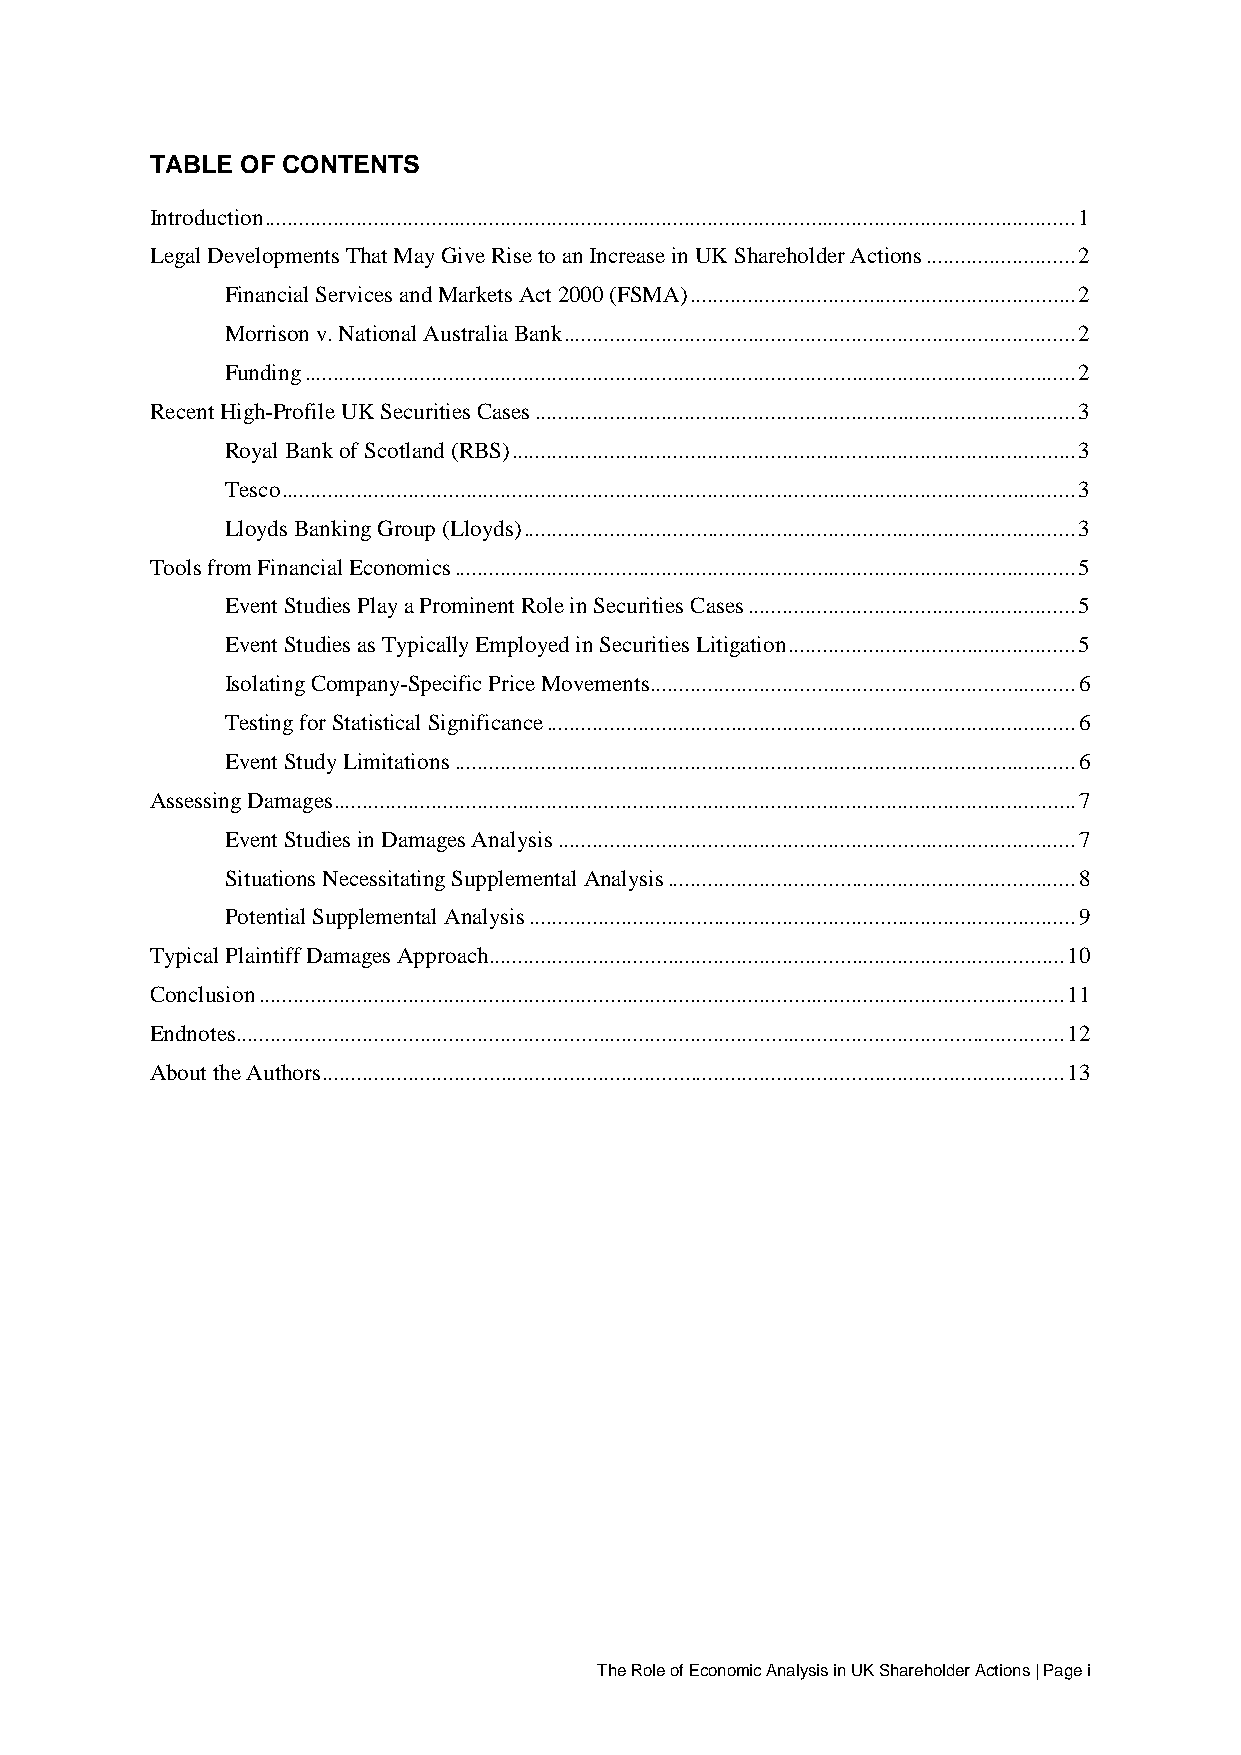
TABLE OF CONTENTS
 Introduction ............................................................................................................................................. 1
 Legal Developments That May Give Rise to an Increase in UK Shareholder Actions .......................... 2
 Financial Services and Markets Act 2000 (FSMA) ................................................................... 2
 Morrison v. National Australia Bank ......................................................................................... 2
 Funding ...................................................................................................................................... 2
 Recent High-Profile UK Securities Cases .............................................................................................. 3
 Royal Bank of Scotland (RBS) .................................................................................................. 3
 Tesco .......................................................................................................................................... 3
 Lloyds Banking Group (Lloyds) ................................................................................................ 3
 Tools from Financial Economics ............................................................................................................ 5
 Event Studies Play a Prominent Role in Securities Cases ......................................................... 5
 Event Studies as Typically Employed in Securities Litigation .................................................. 5
 Isolating Company-Specific Price Movements .......................................................................... 6
 Testing for Statistical Significance ............................................................................................ 6
 Event Study Limitations ............................................................................................................ 6
 Assessing Damages ................................................................................................................................. 7
 Event Studies in Damages Analysis .......................................................................................... 7
 Situations Necessitating Supplemental Analysis ....................................................................... 8
 Potential Supplemental Analysis ............................................................................................... 9
 Typical Plaintiff Damages Approach .................................................................................................... 10
 Conclusion ............................................................................................................................................ 11
 Endnotes ................................................................................................................................................ 12
 About the Authors ................................................................................................................................. 13
 The Role of Economic Analysis in UK Shareholder Actions | Page i